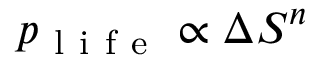
p _ { \mathrm { ~ l ~ i ~ f ~ e ~ } } \propto \Delta S ^ { n }